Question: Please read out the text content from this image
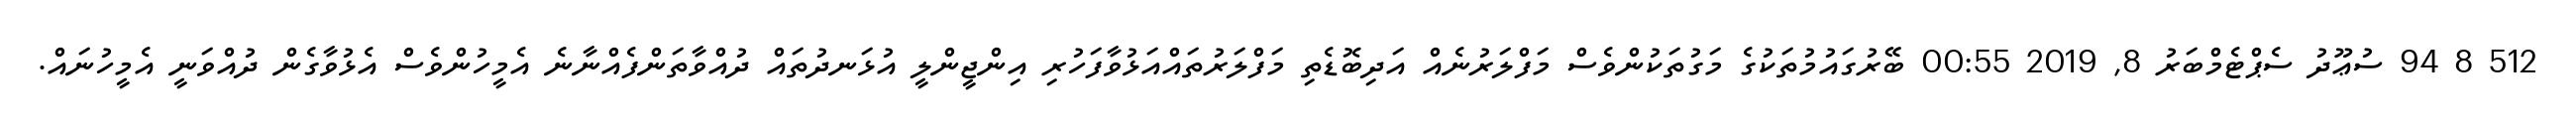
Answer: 512 8 94 ސުޢޫދު ސެޕްޓެމްބަރު 8, 2019 00:55 ބޭރުގައުމުތަކުގެ މަގުތަކުންވެސް މަފްލަރުނެއް އަދިބޮޑެތި މަފްލަރުތައްއަޅުވާފަހުރި އިންޖީންލީ އުޅަނދުތައް ދުއްވާތަންފެއްނާނެ އެމީހުންވެސް އެޅުވާގެން ދުއްވަނީ އެމީހުނައް.